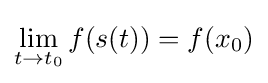
\lim _{t\to t_{0}}f(s(t))=f(x_{0})